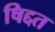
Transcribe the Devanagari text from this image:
षिद्दत